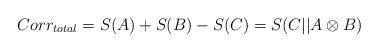
LaTeX: \begin{align*}Corr_{total} = S(A) + S(B) - S(C) = S(C || A\otimes B)\end{align*}